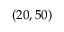
( 2 0 , 5 0 )